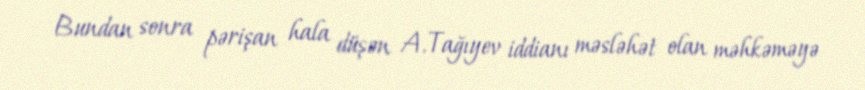
Bundan sonra pərişan hala düşən A.Tağıyev iddianı məsləhət olan məhkəməyə